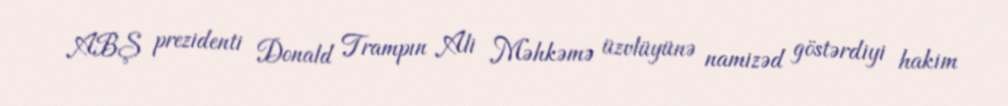
ABŞ prezidenti Donald Trampın Ali Məhkəmə üzvlüyünə namizəd göstərdiyi hakim